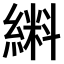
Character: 𫃼